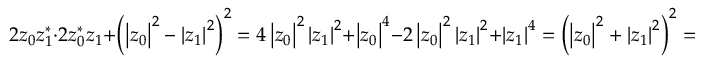
2 z _ { 0 } z _ { 1 } ^ { \ast } \cdot 2 z _ { 0 } ^ { \ast } z _ { 1 } + \left( \left| z _ { 0 } \right| ^ { 2 } - \left| z _ { 1 } \right| ^ { 2 } \right) ^ { 2 } = 4 \left| z _ { 0 } \right| ^ { 2 } \left| z _ { 1 } \right| ^ { 2 } + \left| z _ { 0 } \right| ^ { 4 } - 2 \left| z _ { 0 } \right| ^ { 2 } \left| z _ { 1 } \right| ^ { 2 } + \left| z _ { 1 } \right| ^ { 4 } = \left( \left| z _ { 0 } \right| ^ { 2 } + \left| z _ { 1 } \right| ^ { 2 } \right) ^ { 2 } = 1